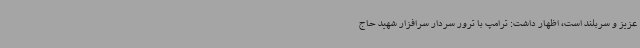
عزیز و سربلند است، اظهار داشت: ترامپ با ترور سردار سرافزار شهید حاج